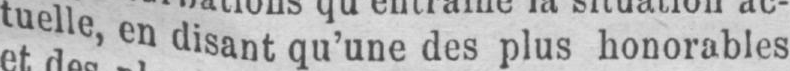
tuelle, en disant qu’une des plus honorables